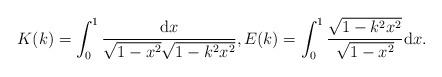
LaTeX: \begin{align*}K(k)=\int^{1}_{0}\frac{{\rm d}x}{\sqrt{1-x^{2}}\sqrt{1-k^{2} x^{2}}}, E(k)=\int^{1}_{0}\frac{\sqrt{1-k^{2} x^{2}}}{\sqrt{1-x^{2}}} {\rm d}x.\end{align*}